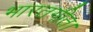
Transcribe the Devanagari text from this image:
भारतगीत।